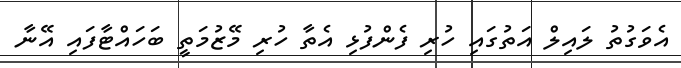
އެވަގުތު ލައިލް އަތުގައި ހުރި ފެންފުޅި އެތާ ހުރި މޭޒުމަތީ ބަހައްޓާފައި އޭނާ